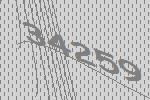
34259